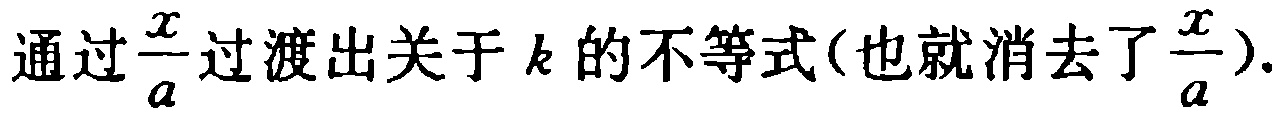
通过\frac{x}{a}过渡出关关于 \(k\) 的不等式(也就消去了\frac{x}{a}).